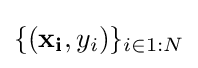
\{(\mathbf {x_{i}} ,y_{i})\}_{i\in 1:N}